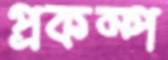
প্রকম্প